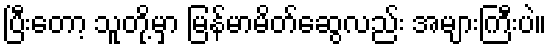
ပြီးတော့ သူတို့မှာ မြန်မာမိတ်ဆွေလည်း အများကြီးပဲ။